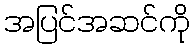
အပြင်အဆင်ကို